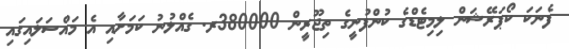
ފެނަކަ ކޯޕަރޭޝަން ލިމިޓެޑްގެ ކުންފުނީގެ ތިޖޫރީން 380000ރ. ގެއްލުނު ކަމަށާއި އެ މައްސަލައިގައި